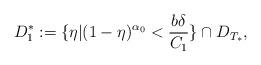
LaTeX: \begin{align*}D^*_1:=\{\eta|(1-\eta)^{\alpha_0}<\frac{b\delta}{C_1}\}\cap D_{T_*},\end{align*}